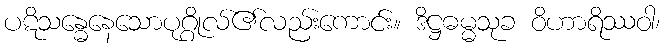
ပဋိသန္ဓေနေသောပုဂ္ဂိုလ်၏လည်းကောင်း။ ဒိဋ္ဌဓမ္မသုခ ဝိဟာရိဿဝါ၊